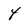
Character: 4